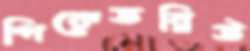
পিকেডব্লিউ